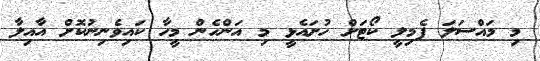
މި މައްސަލަ ފެމިލީ ކޯޓަށް ހުށައެޅީ މި އަންހެން މީހާ ކައިވެނިނުކޮށް އާއިލާ